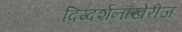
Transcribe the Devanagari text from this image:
दिग्दर्शनांखेरीज